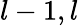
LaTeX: l-1,l